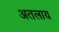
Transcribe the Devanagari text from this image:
अतलाय